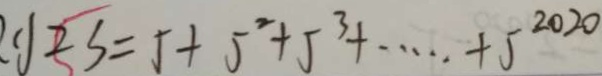
2 S = 5 + 5 ^ { 2 } + 5 ^ { 3 } + \cdots + 5 ^ { 2 0 2 0 }